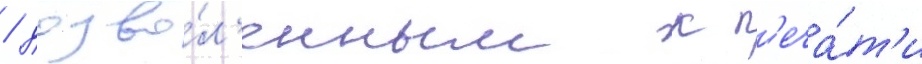
/ дозво́л'енным к п'еча́т'и